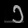
Digit: ၁